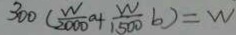
3 0 0 ( \frac { W } { 2 0 0 0 } a + \frac { w } { 1 5 0 0 } b ) = W